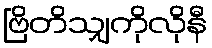
ဗြိတိသျှကိုလိုနီ